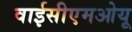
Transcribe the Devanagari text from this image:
वाईसीएमओयू